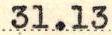
31.13